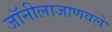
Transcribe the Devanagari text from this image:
जॉनीलाजाणवले